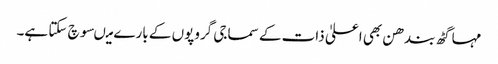
مہا گٹھ بندھن بھی اعلیٰ ذات کے سماجی گروپوں کے بارے میںسوچ سکتا ہے۔